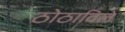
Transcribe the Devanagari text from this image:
ठोठाविले